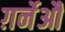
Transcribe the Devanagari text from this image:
ग़र्नेऔ